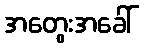
အတွေးအခေါ်